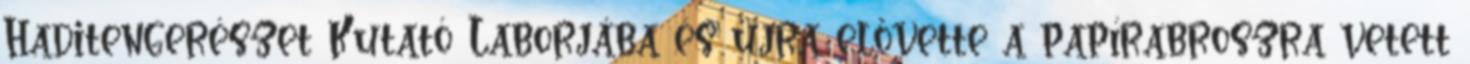
Haditengerészet Kutató Laborjába és újra elővette a papírabroszra vetett